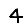
Digit: 4